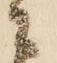
ニ